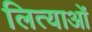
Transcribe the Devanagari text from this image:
लित्याओं